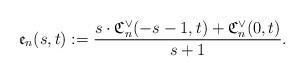
LaTeX: \begin{align*}\mathfrak{e}_n(s,t):=\frac{s\cdot \mathfrak{C}_n^{\vee}(-s-1,t)+\mathfrak{C}_n^{\vee}(0,t) }{s+1}.\end{align*}